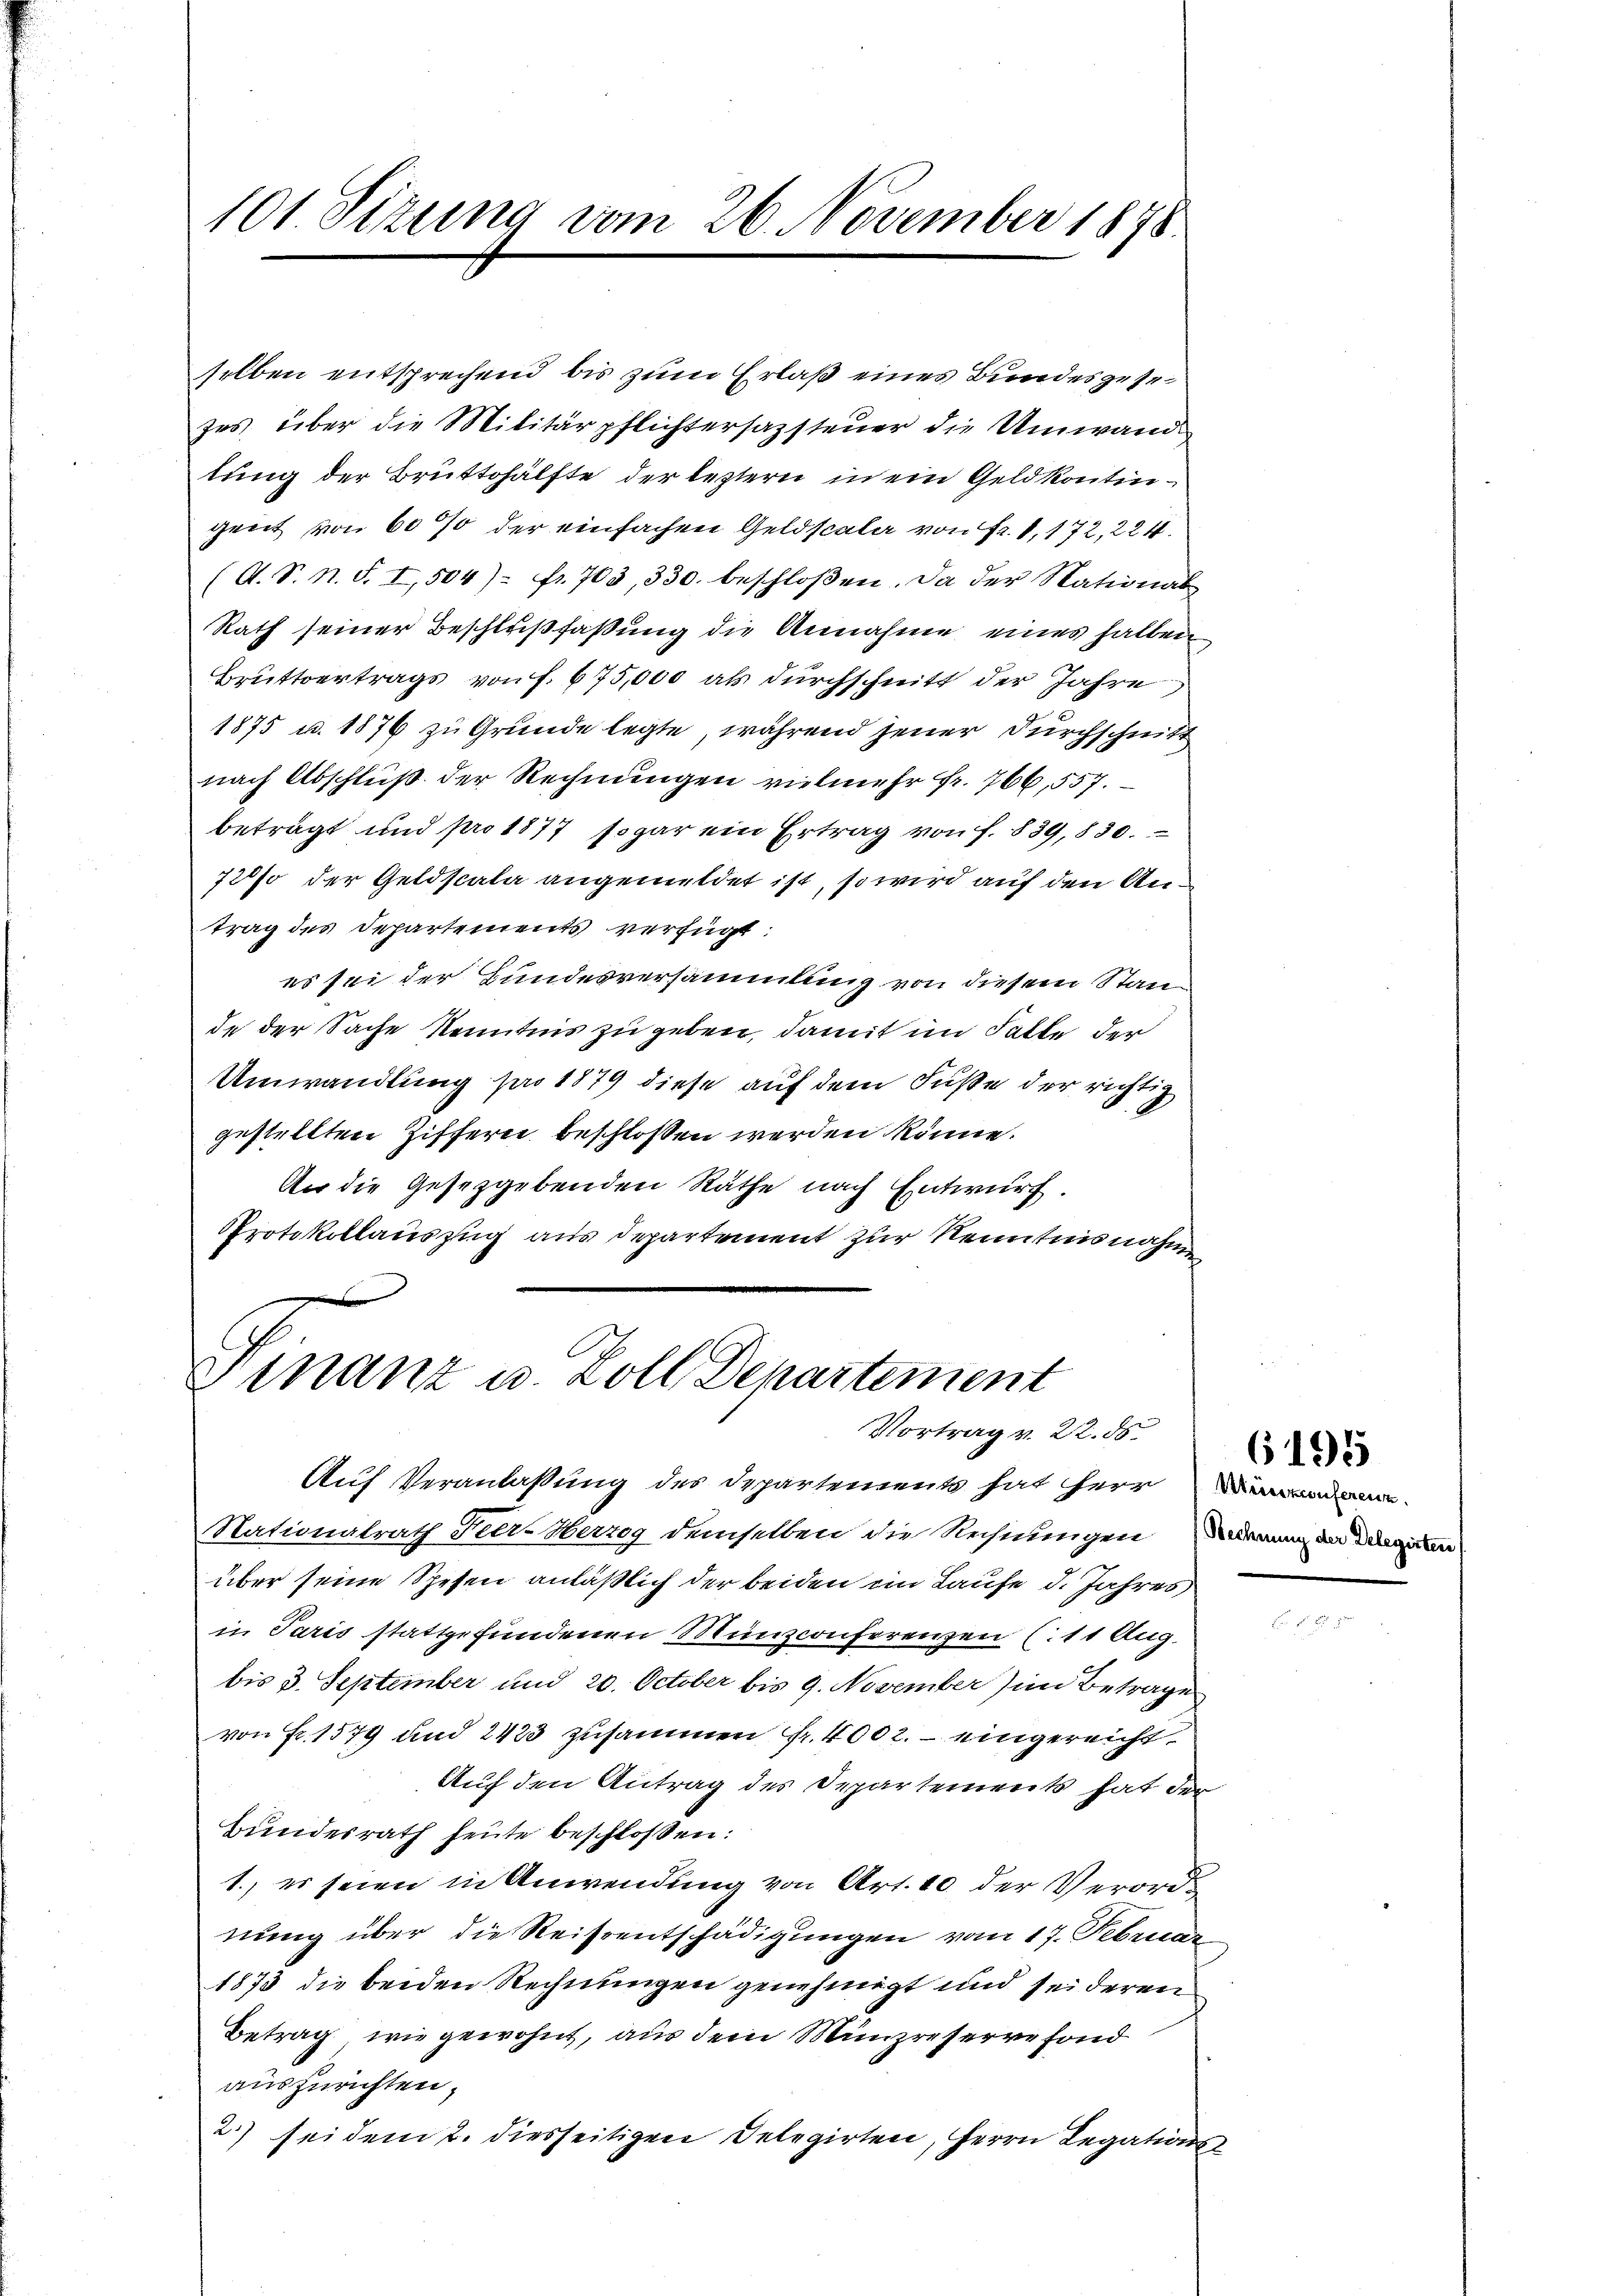
101 Sizung vom 26. November 1878

selben entsprechend bis zum Erlaß eines Bundesgesezes über die Militärpflichtersazsteuer die Umwandtung der Brüttshälfte der leztern in ein Geld kontingent von 600 der einfachen Geldscala von Fr. 1, 172, 224.
(A. S. n. F. I, 504): fr. 703, 330. beschloßen. Da der National¬
Rath seiner Beschlußfassung die Annahme eines halben
Bruttvertrags von f. 675,000 als durchschnitt der Jahre
1875 u. 1876 zu Grunde legte, während jener Durchschnitt
nach Abschluß der Rechnungen vielmehr fr. 766, 557.
beträgt und pro 1877 sogar ein Ertrag von f. 839, 830.
72% der Geldscala angemeldet ist, so wird auf den Antrag des Departements verfügt:
es sei der Bundesversammlung von diesem Stande der Sache Kenntnis zu geben, damit im Falle der
Umwandlung pro 1879 diese auf dem Fuße der richtig
gestellten Ziffern beschlossen werden könne.
An die Gesetzgebenden Räthe nach Entwurf.
Protokollauszug aus Departement zur Kenntnisnahme

Winanz u. Zoll Departement
Vortrag v. 22. ds.

Auf Veranlaßung des Departements hat Herr dann
Nationalrath Seer-Herzog demselben die Rechnungen darung der den
über seine Spesen anläßlich der beiden im Laufe d. Jahres
in Paris stattgefundenen Münzconferenzen (11 Aug.
bis 3. September und 20. October bis 9. November) in Betrage
von Fr. 1579 und 2423 zusammen Fr. 4002. – eingereicht
Auf den Antrag des Departements hat der
Bundesrath heute beschloßen:
1., es seien in Anwendung von Art. 10 der Verordnung über die Reisrentschädigungen vom 17. Februar
1873 die beiden Rechnungen genehmigt und sei deren
Betrag wie gewohnt, aus dem Münzreservefond
auszurichten.
2.) sei dem 2. diesseitigen Delegirten, Herrn Legations-

6195